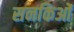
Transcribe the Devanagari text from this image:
सनकिओं